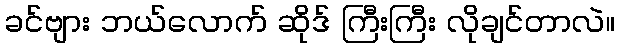
ခင်ဗျား ဘယ်လောက် ဆိုဒ် ကြီးကြီး လိုချင်တာလဲ။